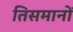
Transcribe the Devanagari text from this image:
तिसमानों